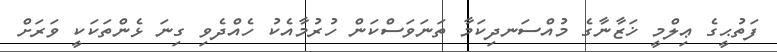
ފަތުޙީގެ ޢިލްމީ ޚަޒާނާގެ މުއްސަނދިކަމާ ތަނަވަސްކަން ހުރުމާއެކު ހެއްދެވި ގިނަ ޅެންތަކަކީ ވަރަށް